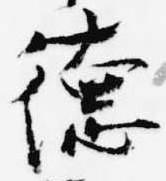
徳